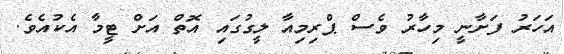
އަހަރު ފަށާނީ މިހާރު ވެސް ޕްރިމިއާ ލީގުގައި އޮތް އަށް ޓީމާ އެކުއެވެ.